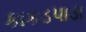
કાકડપાડા